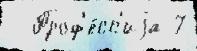
  Проф'е́сс'иjа 7